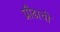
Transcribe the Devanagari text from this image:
प्रौढाची